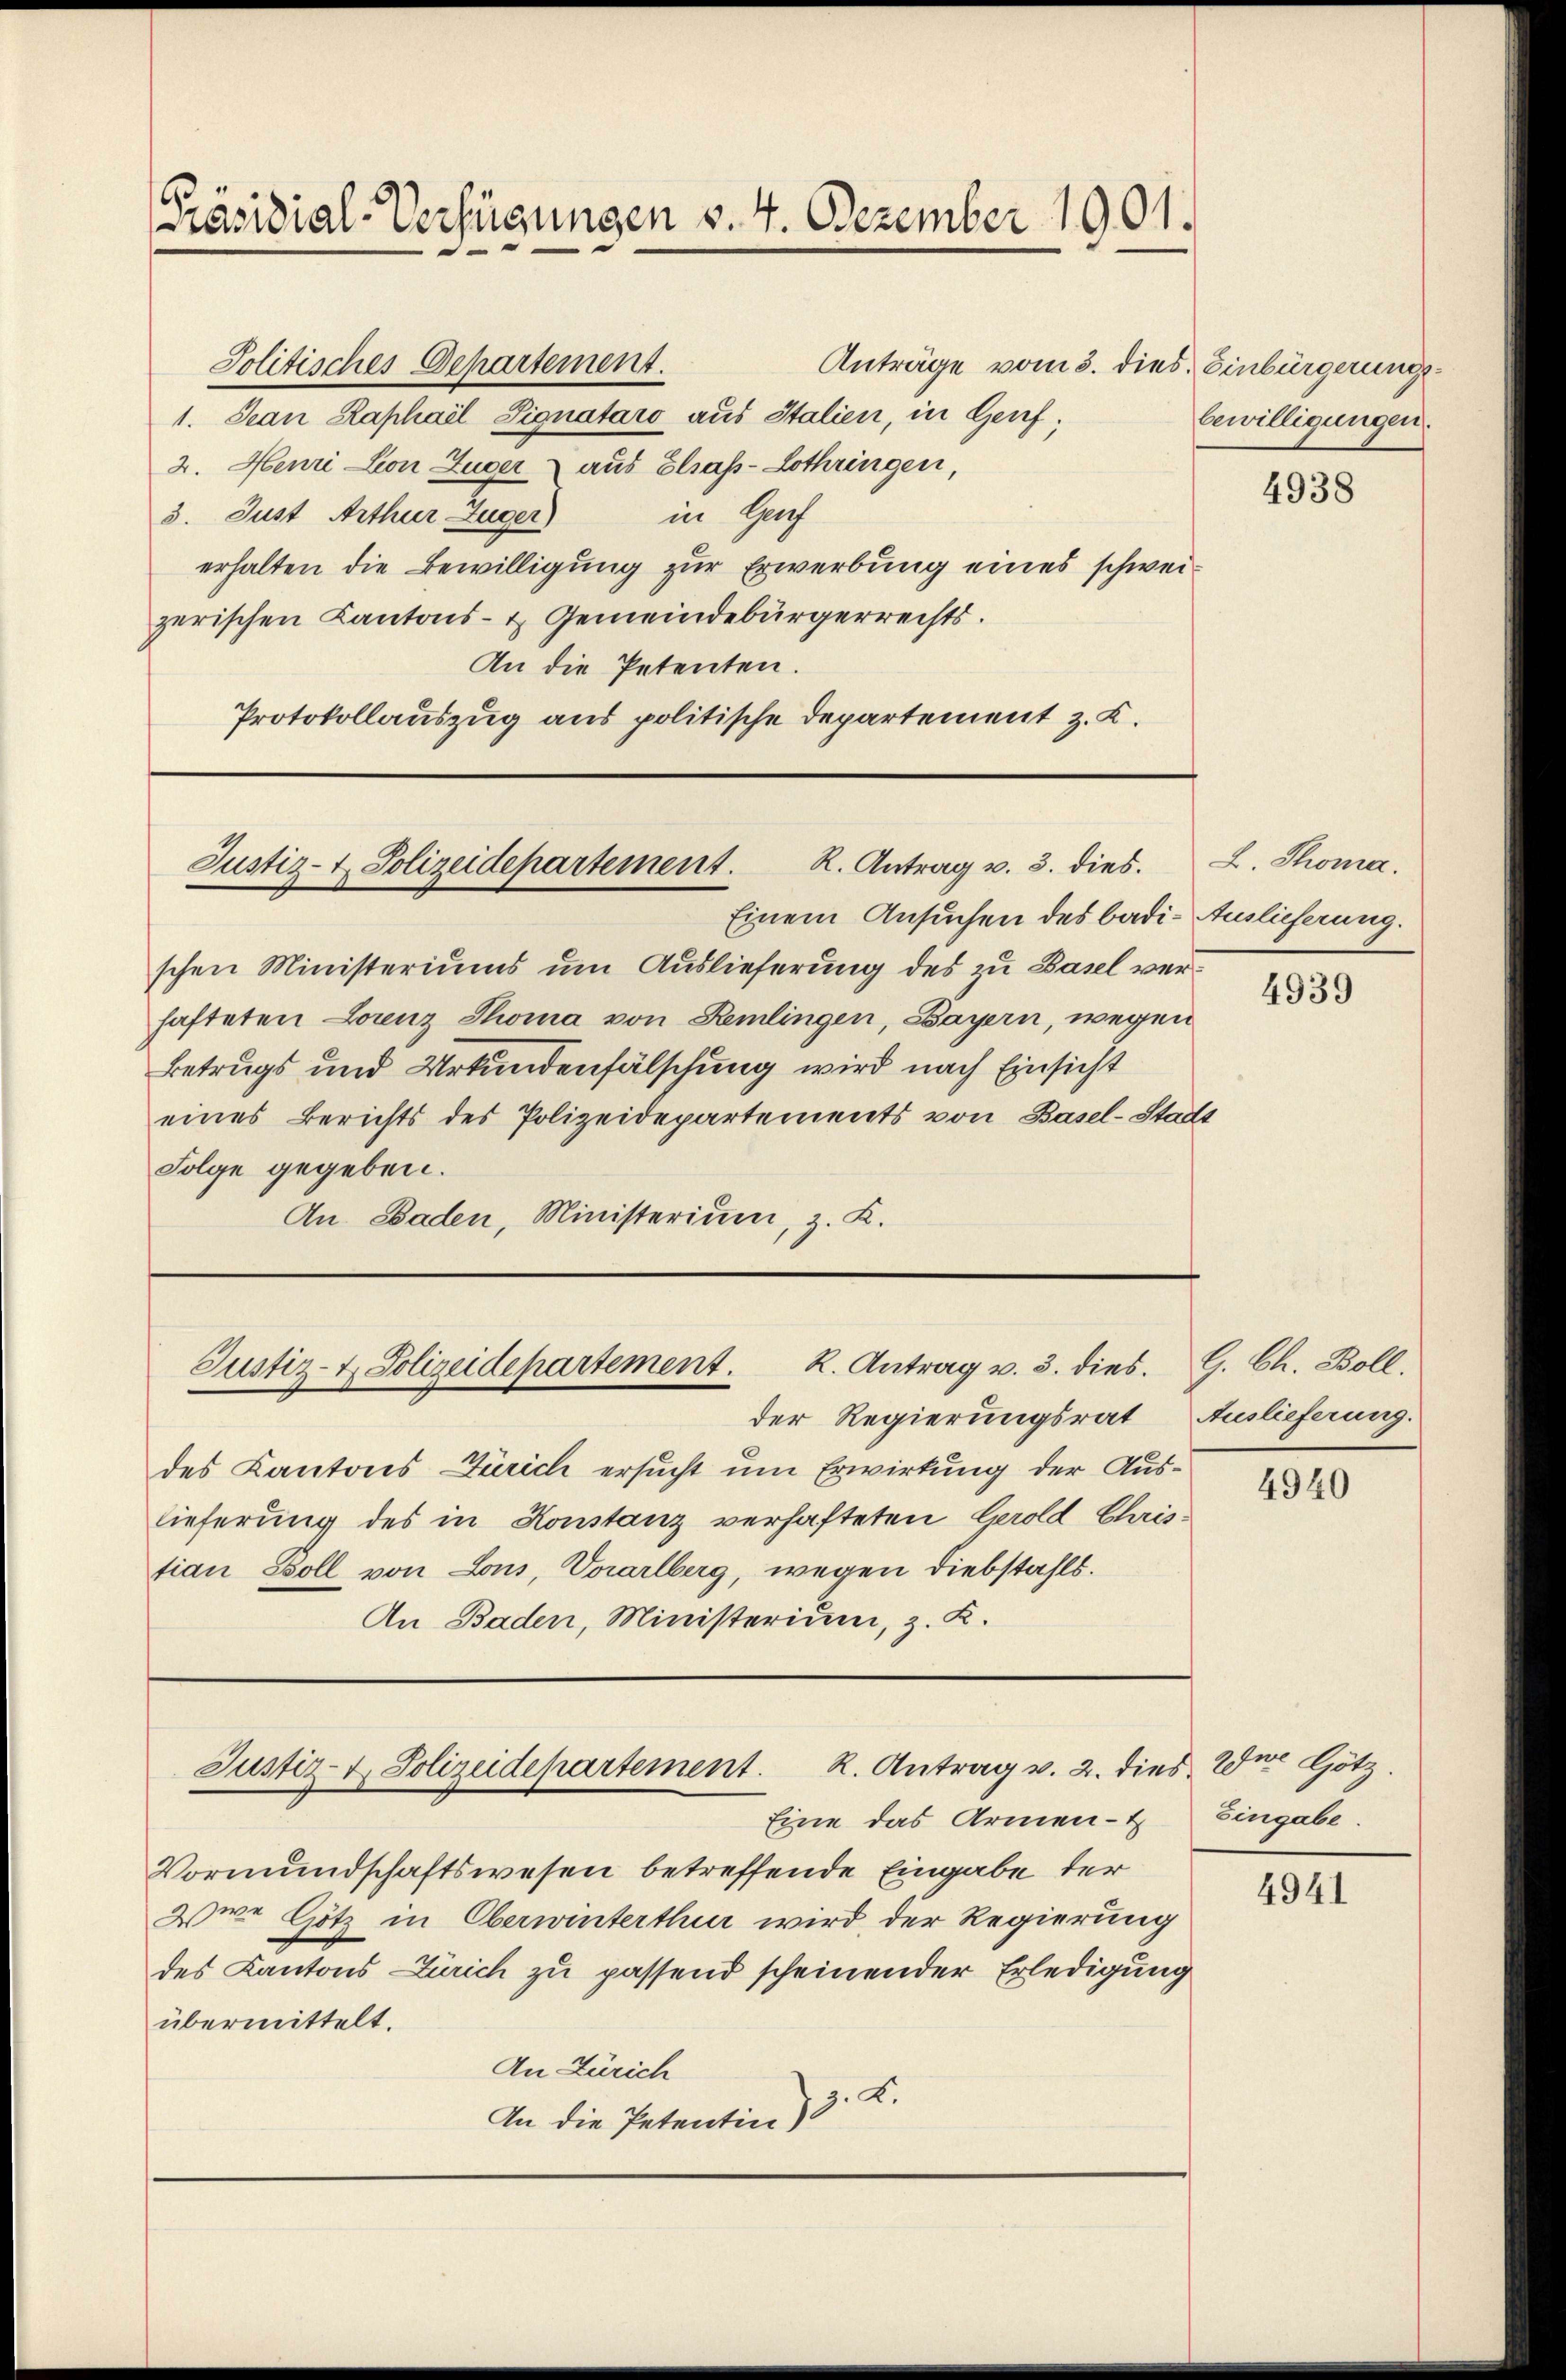
[Präsidial-Verfügungen v. 4. Dezember 1901.

Jolitisches Departement.
Anträge vom 3. dies. Einbürgerungs¬
1. Jean Raphael Signataro aus Italien, in Genf;
2. Heuri von Zuger aus Elsass-Lothringen,
3. Just Arthur Zuger) in Genf
erhalten die Bewilligung zur Erwerbung eines schweizerischen Kantons- & Gemeindebürgerrechts.
An die Petenten.
Protokollauszug aus politische Departement z. K.

Justiz- & Polizeidepartement. R. Antrag v. 3. dies.

Einem Ansuchen des badi- Auslieferung.
schen Ministeriums um Auslieferung des zu Basel verhafteten Lorenz Thoma von Remlingen, Bayern, wegen
Betrugs und Urkundenfälschung wird nach Einsicht
eines Berichts des Polizeidepartements von Basel-Stadt
Folge gegeben.
An. Baden, Ministerium, z. K.

Justiz- & Polizeidepartement. K. Antrag v. 3. dies

der Regierungsrat
des Kantons Zürich ersucht um Erwirkung der Auslieferung des in Konstanz verhafteten Gerold Christian Boll von Lous, Vorarlberg, wegen Diebstahls.
An Baden, Ministerium, z. K.

Justiz- & Polizeidepartement. K. Antrag v. 2. die

bewilligungen.

Eine das Armen-
Vormundschaftswesen betreffende Eingabe der
2swe Götz in Oberwinterthur wird, der Regierung
des Kantons Zürich zu passend scheinender Erledigung
übermittelt.
An Zürich
An die Petentin 3. K.

4938

L. Thoma.

4939

G. Ch. Boll.
Auslieferung.

4940

der Hötz.
Eingabe.

4941